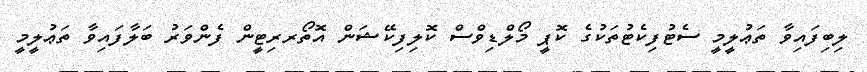
ލިބިފައިވާ ތަޢުލީމީ ސެޓުފިކެޓުތަކުގެ ކޮޕީ މޯލްޑިވްސް ކޮލިފިކޭޝަން އޮތޯރރިޓީން ފެންވަރު ބަލާފައިވާ ތަޢުލީމީ